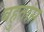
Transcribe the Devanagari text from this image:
बहुतांस